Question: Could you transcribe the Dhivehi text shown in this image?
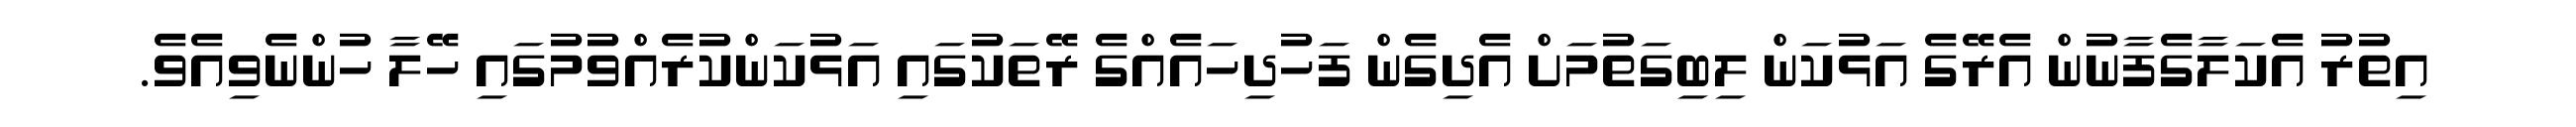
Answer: އިތުރު އެކަލާގެފާނުން އެރޭގެ އަޅުކަން ލިބިގަތުމަށް އެދިގެން ފަހުދިހައެއްގެ ރޭތަކުގައި އަޅުކަންކުރެއްވުމުގައި ހޭލާ ހުންނެވިއެވެ.